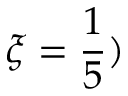
\xi = \frac { 1 } { 5 } )